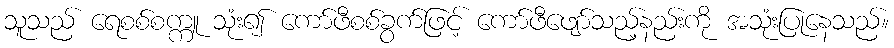
သူသည် ရေစစ်စက္ကူ သုံး၍ ကော်ဖီစစ်ခွက်ဖြင့် ကော်ဖီဖျော်သည့်နည်းကို အသုံးပြုနေသည်။